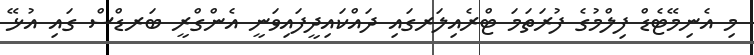
މި އެނިމޭޓެޑް ފިލްމުގެ ފުރަތަމަ ޓްރެއިލަރގައި ދައްކައިދީފައިވަނީ އެންގްރީ ބަރޑްސް ގައި އުޅޭ